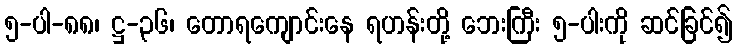
၅-ပါ-၈၈၊ ဋ္ဌ-၃၆၊ တောရကျောင်းနေ ရဟန်းတို့ ဘေးကြီး ၅-ပါးကို ဆင်ခြင်၍